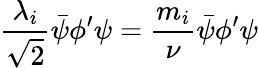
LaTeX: {\frac{\lambda_{i}}{\sqrt{2}}}{\bar{\psi}}\phi^{\prime}\psi={\frac{m_{i}}{\nu}}{\bar{\psi}}\phi^{\prime}\psi